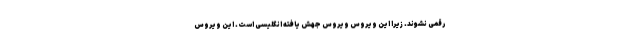
رقمی نشوند. زیرا این ویروس ویروس جهش یافته انگلیسی است. این ویروس